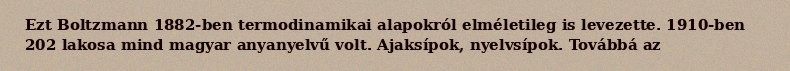
Ezt Boltzmann 1882-ben termodinamikai alapokról elméletileg is levezette. 1910-ben 202 lakosa mind magyar anyanyelvű volt. Ajaksípok, nyelvsípok. Továbbá az